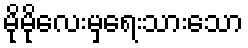
မိုမိုလေးမှရေးသားသော